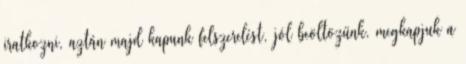
iratkozni, aztán majd kapunk felszerelést, jól beöltözünk, megkapjuk a